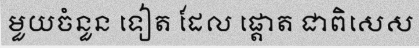
មួយចំនួន ទៀត ដែល ផ្តោត ជាពិសេស